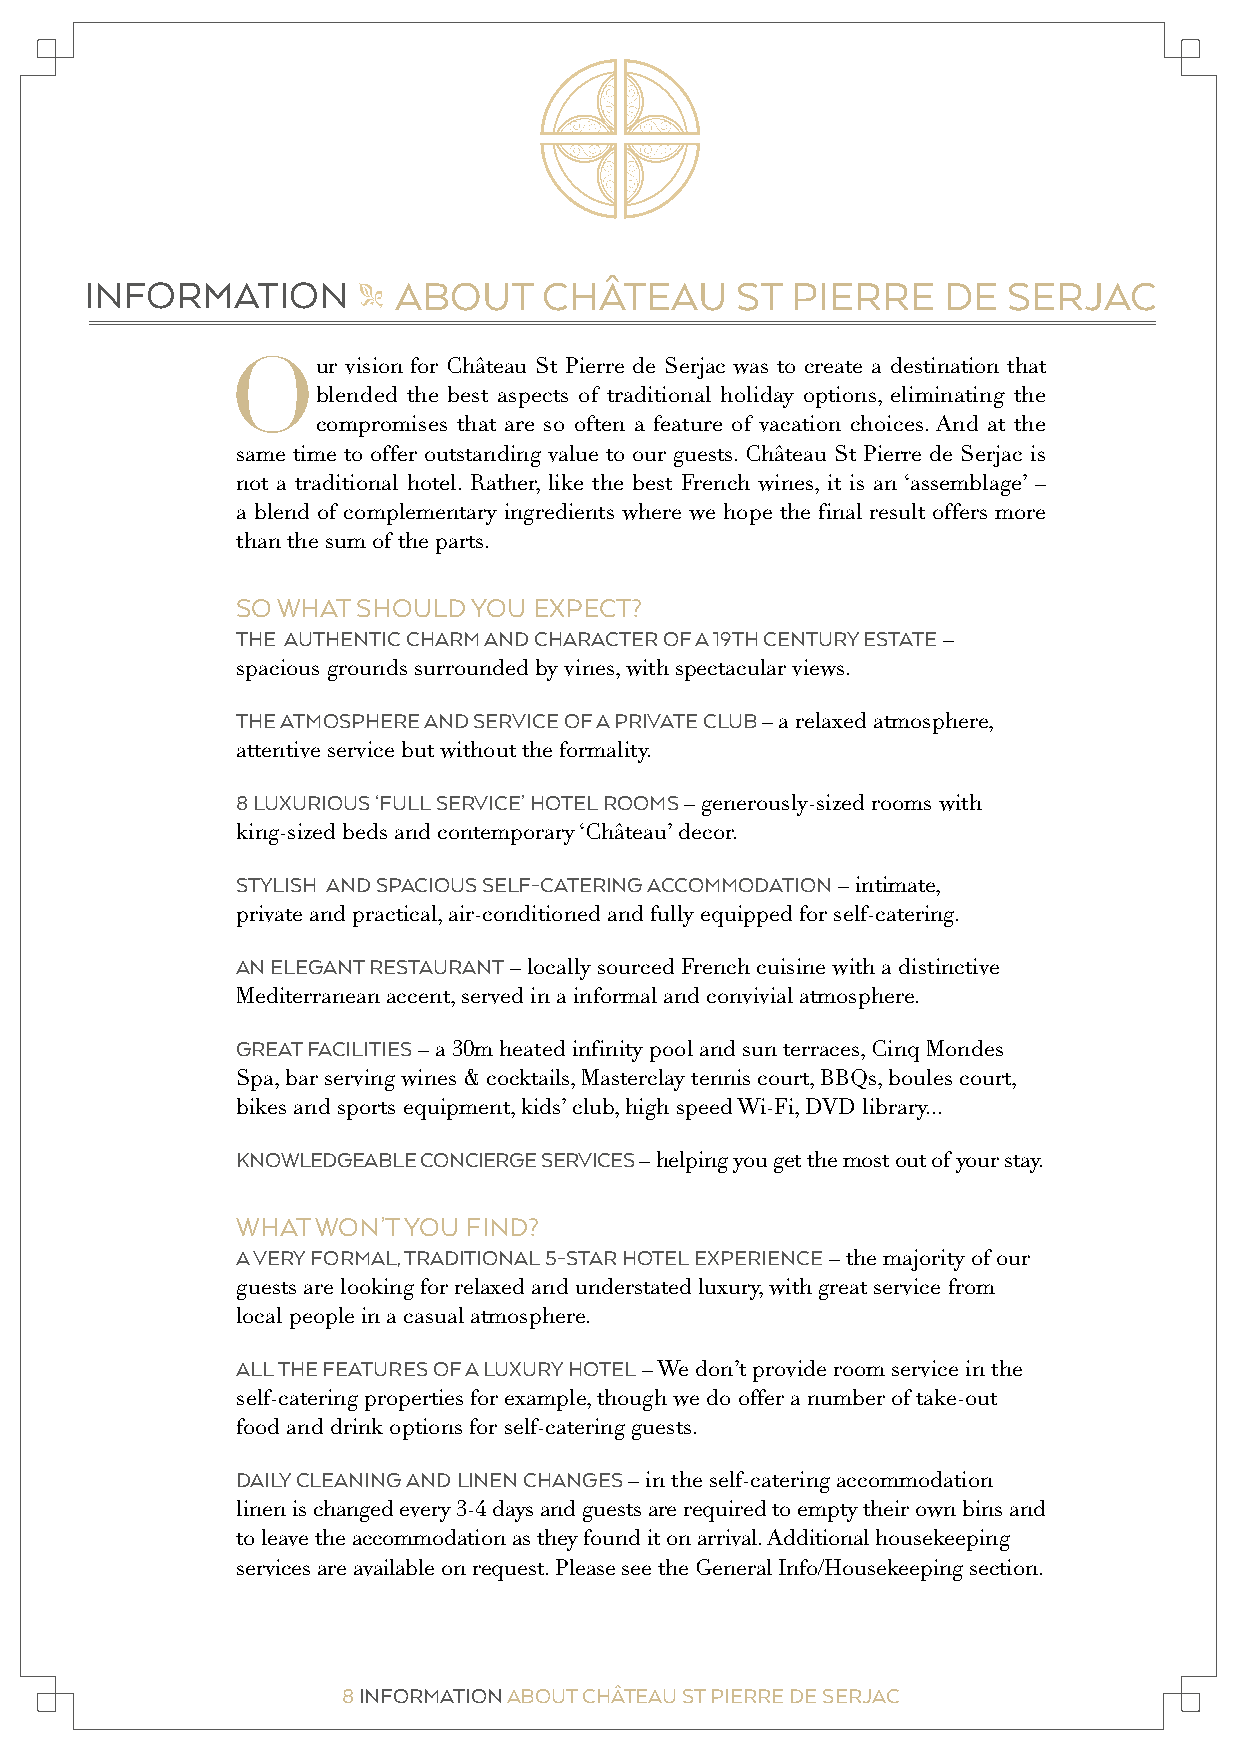
INFORMATION         ABOUT     CHÂTEAU      ST PIERRE    DE   SERJAC               INFORMATION          EMERGENCY        NUMBERS       & ASSISTANCE
 "                                                                                  "
 Our     vision for Château St Pierre de Serjac was to create a destination that
 blended the best aspects of traditional holiday options, eliminating the
 compromises that are so often a feature of vacation choices. And at the
 same time to offer outstanding value to our guests. Château St Pierre de Serjac is
 not a traditional hotel. Rather, like the best French wines, it is an ‘assemblage’ –
 a blend of complementary ingredients where we hope the final result offers more
 than the sum of the parts.
 SO WHAT SHOULD YOU EXPECT?
 THE AUTHENTIC CHARM AND CHARACTER OF A 19TH CENTURY ESTATE –
 spacious grounds surrounded by vines, with spectacular views.
 THE ATMOSPHERE AND SERVICE OF A PRIVATE CLUB – a relaxed atmosphere,
 attentive service but without the formality.
 8 LUXURIOUS ‘FULL SERVICE’ HOTEL ROOMS – generously-sized rooms with
 king-sized beds and contemporary ‘Château’ decor.
 STYLISH AND SPACIOUS SELF-CATERING ACCOMMODATION – intimate,
 private and practical, air-conditioned and fully equipped for self-catering.
 AN ELEGANT RESTAURANT – locally sourced French cuisine with a distinctive
 Mediterranean accent, served in a informal and convivial atmosphere.
 GREAT FACILITIES – a 30m heated infinity pool and sun terraces, Cinq Mondes
 Spa, bar serving wines & cocktails, Masterclay tennis court, BBQs, boules court,
 bikes and sports equipment, kids’ club, high speed Wi-Fi, DVD library...
 KNOWLEDGEABLE CONCIERGE SERVICES – helping you get the most out of your stay.
 WHAT WON’T YOU FIND?
 A VERY FORMAL, TRADITIONAL 5-STAR HOTEL EXPERIENCE – the majority of our
 guests are looking for relaxed and understated luxury, with great service from
 local people in a casual atmosphere.
 ALL THE FEATURES OF A LUXURY HOTEL – We don’t provide room service in the
 self-catering properties for example, though we do offer a number of take-out
 food and drink options for self-catering guests.
 DAILY CLEANING AND LINEN CHANGES – in the self-catering accommodation
 linen is changed every 3-4 days and guests are required to empty their own bins and
 to leave the accommodation as they found it on arrival. Additional housekeeping
 services are available on request. Please see the General Info/Housekeeping section.
 8 INFORMATION ABOUT CHÂTEAU ST PIERRE DE SERJAC